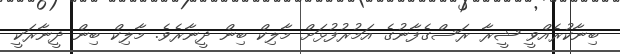
ބިނާކުރެއްވީ ޝީރާ ރަސްގެފާނުގެ އަމުރުފުޅަށް މާލިކް ބިން ދީނާރެވެ. މާލިކް ބިން ދީނާރަކީ